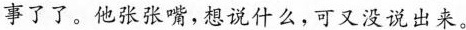
事了了。他张张嘴，想说什么，可又没说出来。